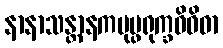
နာနာသန္တာနကပုပ္ဖရုက္ခဝိဝိဓာ